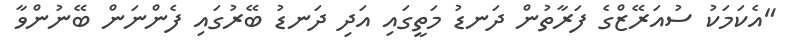
"އެކަމަކު ސުއަރޭޒްގެ ފަރާތުން ދަނޑު މަތީގައި އަދި ދަނޑު ބޭރުގައި ފެންނަން ބޭނުންވާ